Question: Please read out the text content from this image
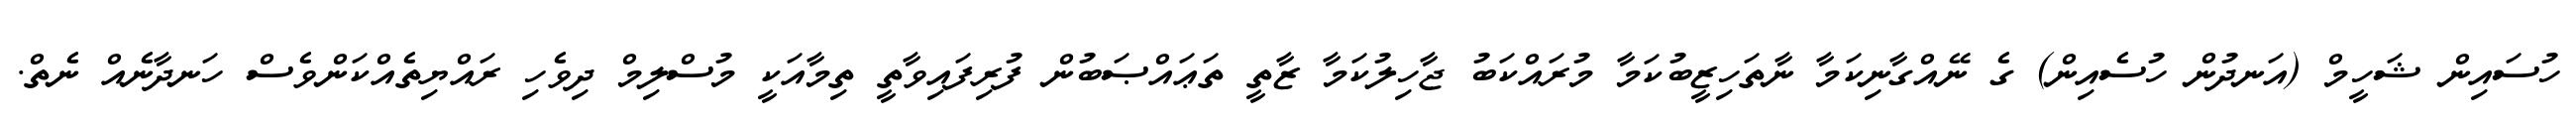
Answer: ހުސައިން ޝަހީމް (އަނދުން ހުސެއިން) ގެ ނޭއްގާނިކަމާ ނާތަހިޒީބުކަމާ މުރައްކަބު ޖާހިލުކަމާ ޒާތީ ތަޢައްޞަބުން ފުރިފައިވާތީ ތިމާއަކީ މުސްލިމް ދިވެހި ރައްޔިތެއްކަންވެސް ހަނދާނެއް ނެތް.